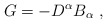
\begin{align*}G=-D^\alpha B_\alpha \mbox{ }, \end{align*}